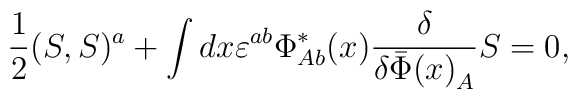
\frac{1}{2}(S,S)^a+\int dx\varepsilon^{ab}\Phi_{Ab}^*(x)    \frac{\delta}{\delta{\bar\Phi(x)}_{A}}S=0,